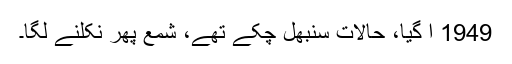
1949 آ گیا، حالات سنبھل چکے تھے، شمع پھر نکلنے لگا۔